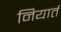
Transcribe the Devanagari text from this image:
नियार्त